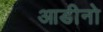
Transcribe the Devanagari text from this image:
आडीनो